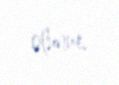
olunur.